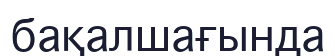
бақалшағында